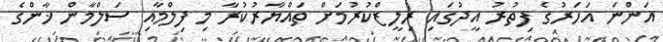
އަންނަ އަހަރުގެ ފިތުރު އީދުގައި ރިލީޒްކުރުމަށް ތައްޔާރުކުރާ މި ފިލްމާއި ސަލްމާން ޚާންގެ